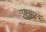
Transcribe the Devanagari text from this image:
उपचारके